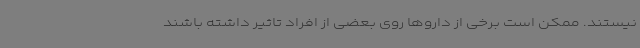
نیستند. ممکن است برخی از داروها روی بعضی از افراد تاثیر داشته باشند